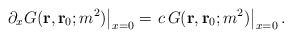
\begin{align*}\left. \partial_x G({\bf r},{\bf r}_0;m^2)\right|_{x=0}=\left. c\,G({\bf r},{\bf r}_0;m^2)\right|_{x=0}.\end{align*}